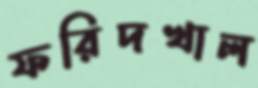
ফরিদখাল